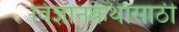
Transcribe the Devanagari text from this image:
विज्ञानकथांसाठी